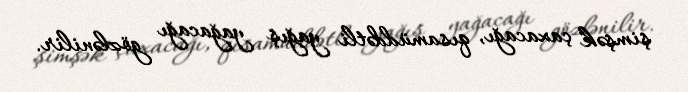
şimşək çaxacağı, qısamüddətli yağış yağacağı gözlənilir.